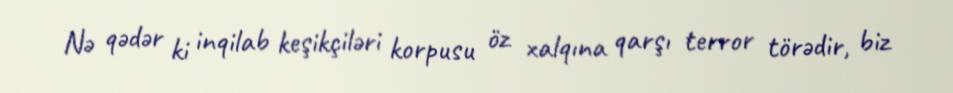
Nə qədər ki inqilab keşikçiləri korpusu öz xalqına qarşı terror törədir, biz